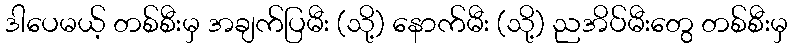
ဒါပေမယ့် တစ်စီးမှ အချက်ပြမီး (သို့) နောက်မီး (သို့) ညအိပ်မီးတွေ တစ်စီးမှ